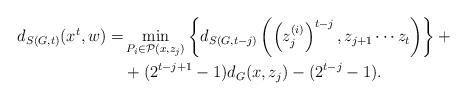
LaTeX: \begin{align*}d_{S(G,t)}(x^t,w)=&\min_{P_i\in\mathcal{P}(x,z_j)}\left\{d_{S(G,t-j)}\left(\left(z_j^{(i)}\right)^{t-j},z_{j+1}\cdots z_t\right)\right\}+\\&+(2^{t-j+1}-1)d_G(x,z_j)-(2^{t-j}-1).\end{align*}